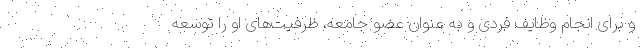
و برای انجام وظایف فردی و به عنوان عضو جامعه، ظرفیت‌های او را توسعه